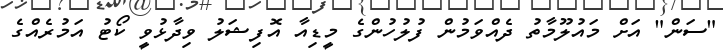
"ސަން" އަށް މައުލޫމާތު ދެއްވަމުން ފުލުހުންގެ މީޑިއާ އޮފިޝަލު ވިދާޅުވީ ކޯޓު އަމުރެއްގެ